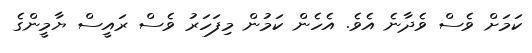
ކަމަށް ވެސް ވެދާނެ އެވެ. އެހެން ކަމުން މިފަހަރު ވެސް ރައީސް ޔާމީންގެ